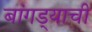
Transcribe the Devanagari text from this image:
बांगड्याची